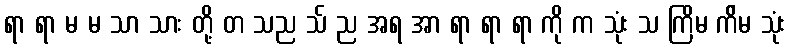
ရာ ရာ မ မ သာ သား တို့ တ သည သ် ည အရ အာ ရာ ရာ ရာ ကို က သုံး သ ကြိမ က်ိမ သုံး